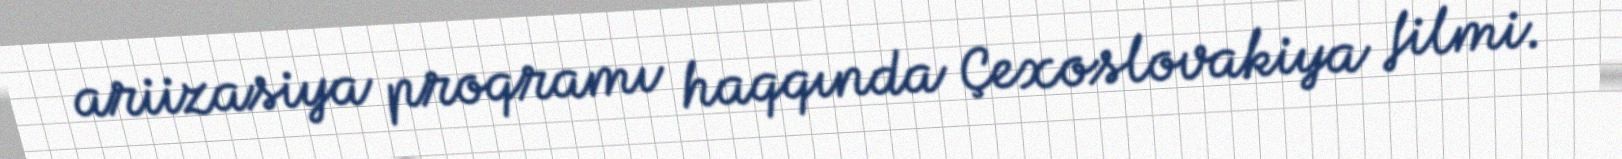
ariizasiya proqramı haqqında Çexoslovakiya filmi.